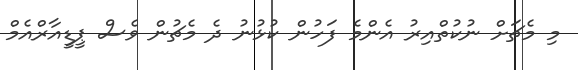
މި މެޗަށް ނުކުތްއިރު އެންމެ ފަހުން ކުޅުނު ދެ މެޗުން ވެސް ޕީޑީއާރްއެމް